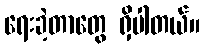
ရေးခဲ့တာတွေ ရှိပါတယ်။